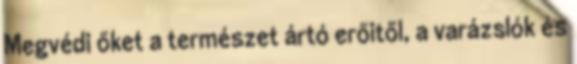
Megvédi őket a természet ártó erőitől, a varázslók és